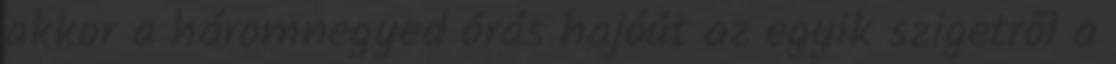
akkor a háromnegyed órás hajóút az egyik szigetről a